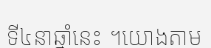
ទី៤នាឆ្នាំនេះ ។យោងតាម